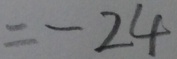
= - 2 4